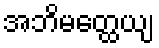
အဘိမတ္ထေယျ